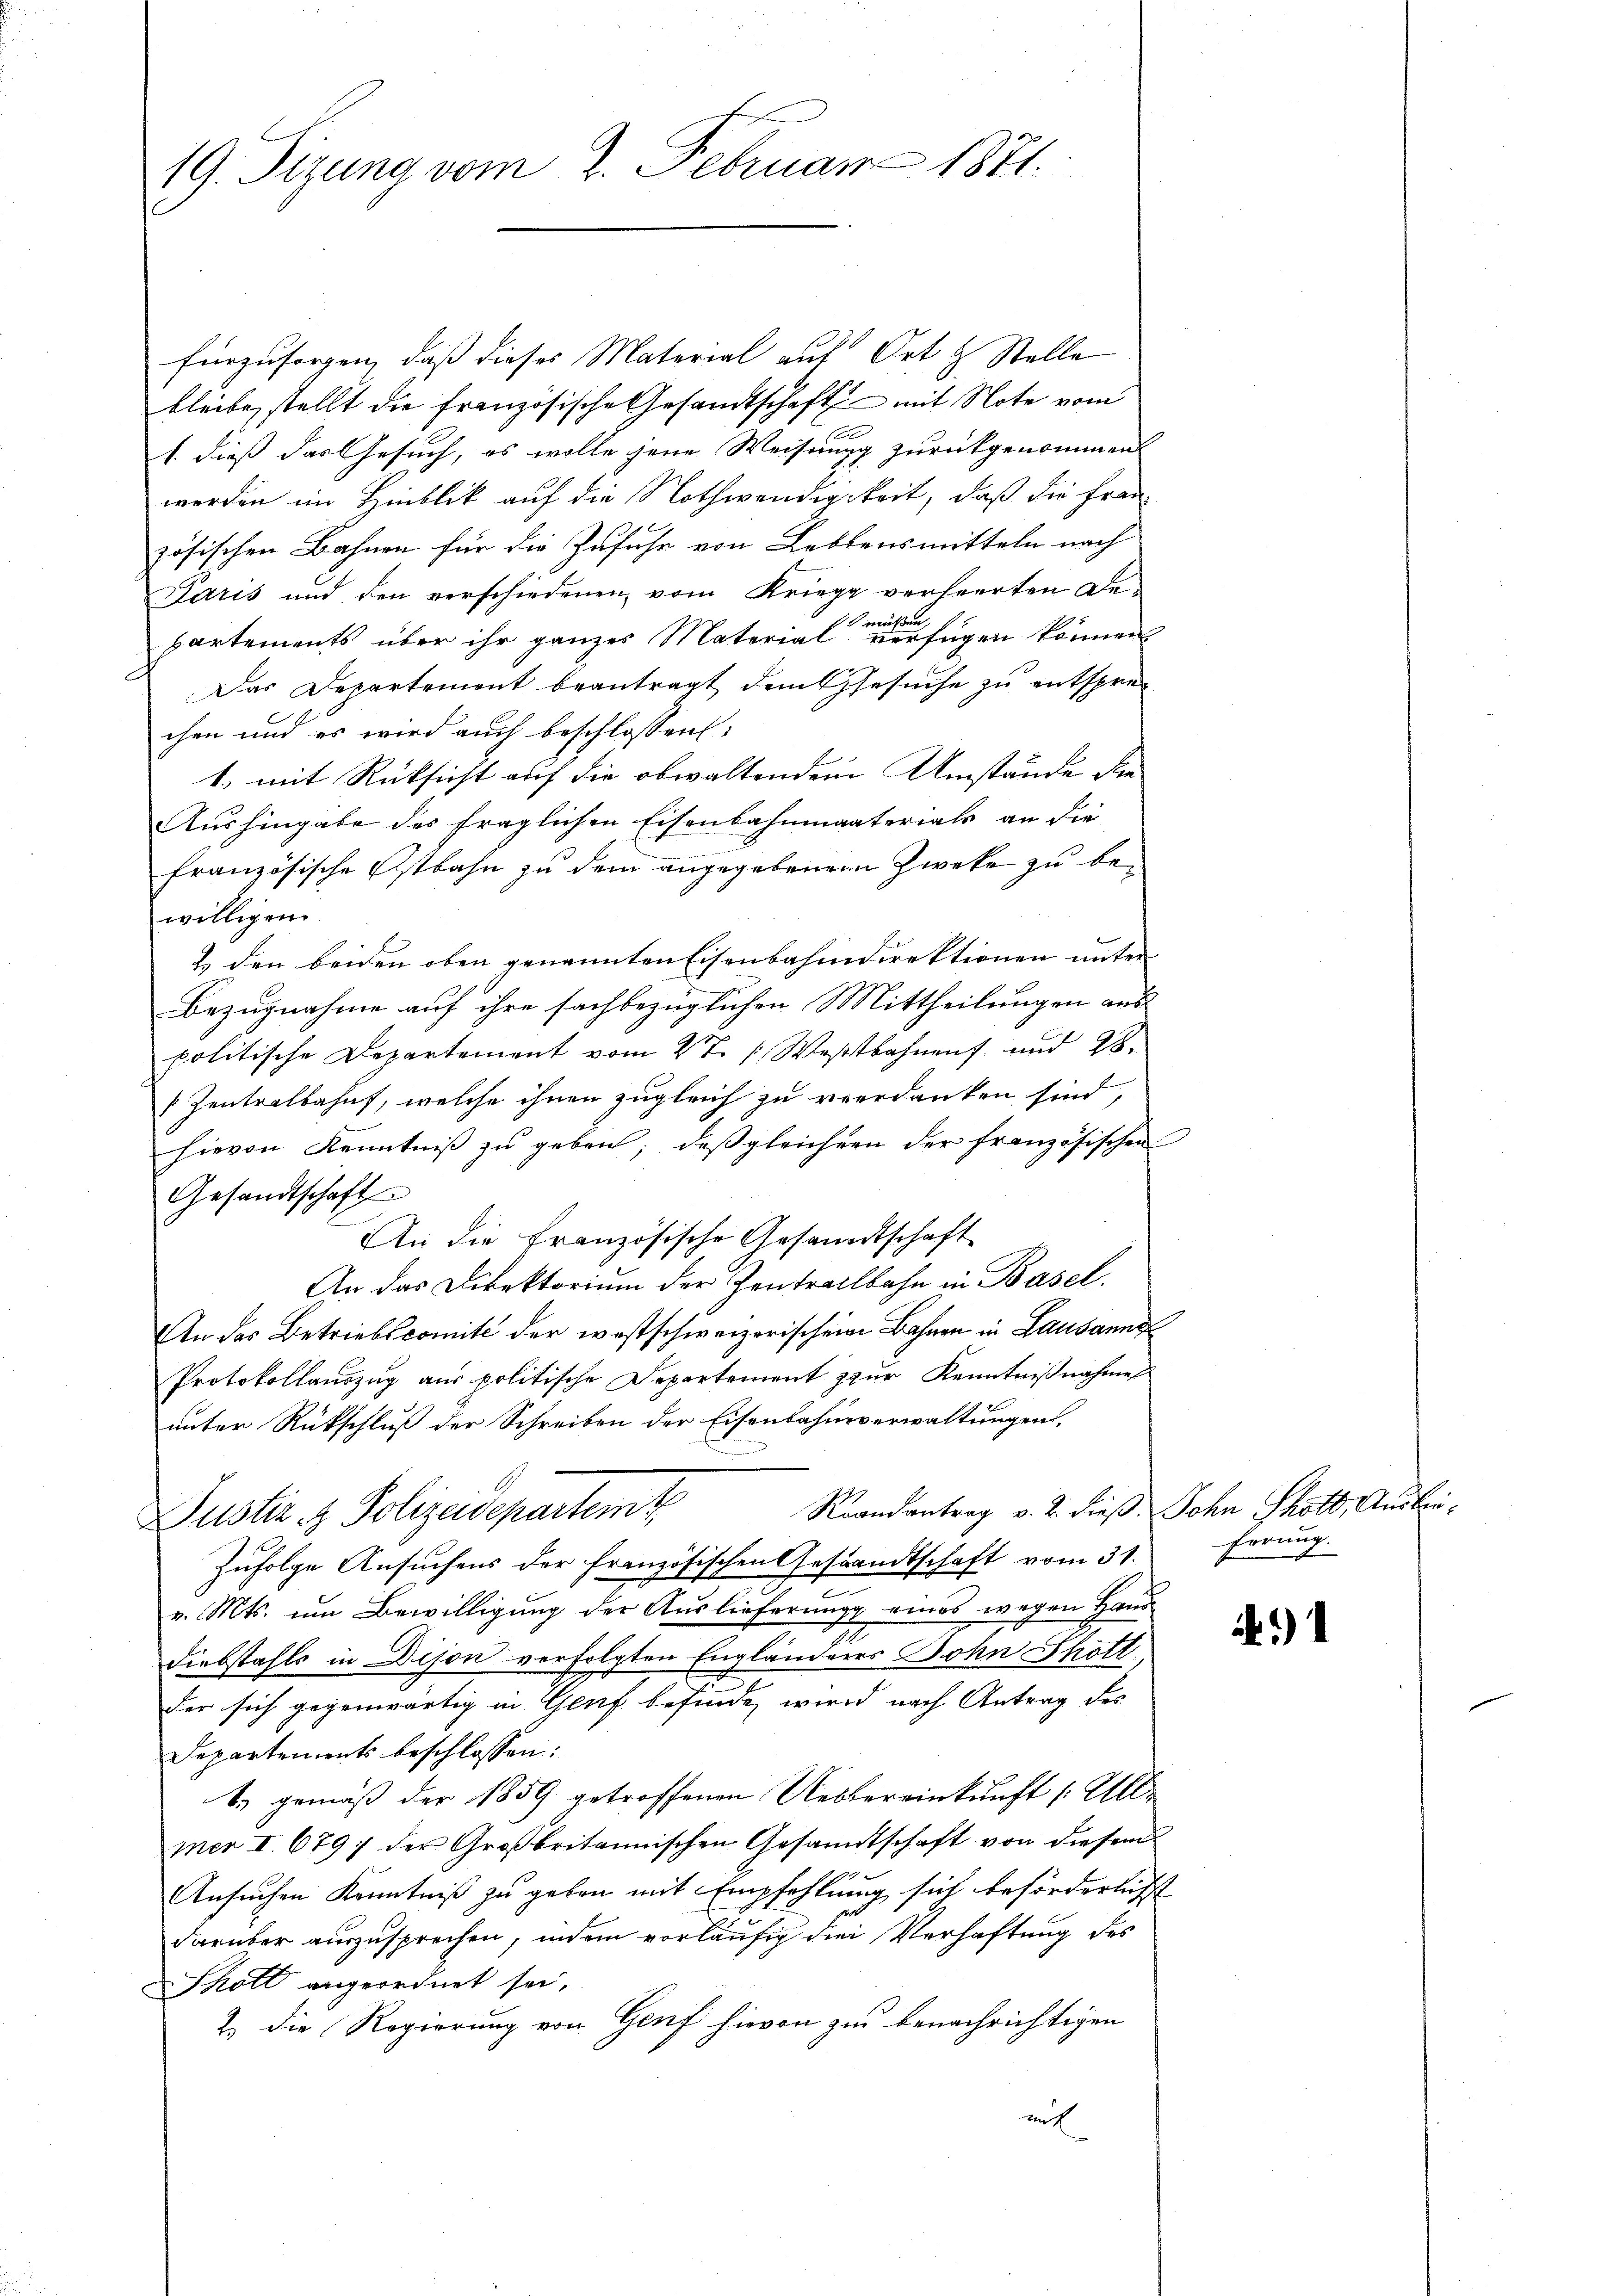
19. Sizung vom 2. Februar 1871.

fürzusorgen, daß dieses Material auf Ort & Stelle
bleibe, stellt die Französische Gesandtschaft mit Note vom
1. dieß das Gesuch, es wolle jene Weisung zurückgenommen
werden im Hinblick auf die Nothwendigkeit, daß die Frau
zösischen Bahnen für die Zufuhr von Lebensmitteln nach
Paris und den verschiedenen vom Kriegg verheerten Demüßen
partements über ihr ganzes Material verfügen können
Das Departement beantragt dem Gesuche zu entsprec
chen und es wird auch beschlossen:
1. mit Rücksicht auf die obwaltendem Umstände die¬
Aushingabe des fraglichen Eisenbahnmaterials an die
französische Ostbahn zu dem angegebenem Zweke zu bewilligen.
2. den beiden oben genannten Eisenbahndirektionen unter
Bezugnahme auf ihre sachbezüglichen Mittheilungen auspolitische Departement vom 27.  Westbahnen und 28.
Zentralbahnt, welche ihnen zugleich zu verdanken sind,
hievon Kenntniß zu geben; daß gleichern der französischen
Gesandtschaft
An die Französische Gesandtschaft
An das Direktorium der Zentralbahn in Basel.
An das Betriebscomite der westschweizerischein Bahnen in Lausanne
Protokollauszug aus politische Departement zur Kenntnißnahme
unter Rückschluß der Schreiben der Eisenbahnsverwaltungen,
Randantrag v. 2. dieß, Sohn Schott, Ausbei¬
Justiz & Polizeidepartemt
Zufolge Ansuchens der französischen Gestandtschaft vom 31.
v. Mts. um Bewilligung der Auslieferung eines wegen Hand¬
Diebstahls in Dison verfolgten Engländeres John Shotl
der sich gegenwärtig in Genf befinde wird nach Antrag des
Departements beschlossen:
t.) gemäß der 1859 getroffenen Uebereinkunft (Allmer I. 6797 der Großbritannischen Gesandtschaft von diesem
Ansuchen Kenntniß zu geben mit Empfehlung sich beförderlichst
darüber auszusprechen, indem vorläufig die Verhaftung des
Schott angeordnet sei.
2. die Regierung von Genf hievon zu benachrichtigen
mit

¬

Errung.

)